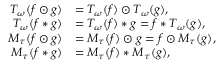
\begin{array} { r l } { T _ { \omega } ( f \odot g ) } & { = T _ { \omega } ( f ) \odot T _ { \omega } ( g ) , } \\ { T _ { \omega } ( f * g ) } & { = T _ { \omega } ( f ) * g = f * T _ { \omega } ( g ) , } \\ { M _ { \tau } ( f \odot g ) } & { = M _ { \tau } ( f ) \odot g = f \odot M _ { \tau } ( g ) , } \\ { M _ { \tau } ( f * g ) } & { = M _ { \tau } ( f ) * M _ { \tau } ( g ) , } \end{array}